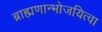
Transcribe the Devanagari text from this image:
ब्राह्मणान्भोजयित्वा